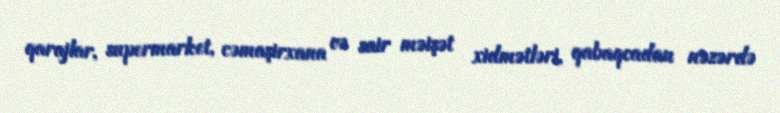
qarajlar, supermarket, cəmaşirxana və sair məişət xidmətləri, qabaqcadan nəzərdə